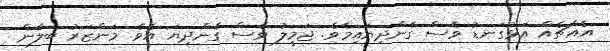
އެއްޗެއް އަޅުގަނޑު ވެސް ގެންދިޔައިމެވެ. ޖަމީލު ވެސް ގެންދިޔަ އެވެ. މަންޒަރު ބަލާން